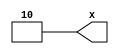
`default_nettype none
module latch_1990_gate
  (output wire [1:0] x);
   assign x = 2'b10;
endmodule // latch_1990_gate